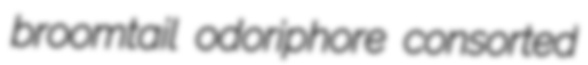
broomtail odoriphore consorted